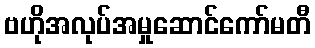
ဗဟိုအလုပ်အမှုဆောင်ကော်မတီ